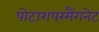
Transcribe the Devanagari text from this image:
पोटाशपरमैंगनेट